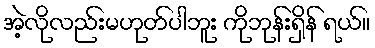
အဲ့လိုလည်းမဟုတ်ပါဘူး ကိုဘုန်းရှိန် ရယ်။